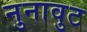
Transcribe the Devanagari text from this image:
नुनावुट